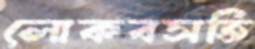
লোকবসতি